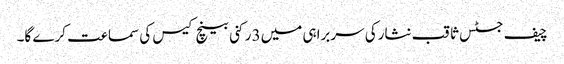
چیف جسٹس ثاقب نثارکی سربراہی میں3 رکنی بینچ کیس کی سماعت کرے گا۔